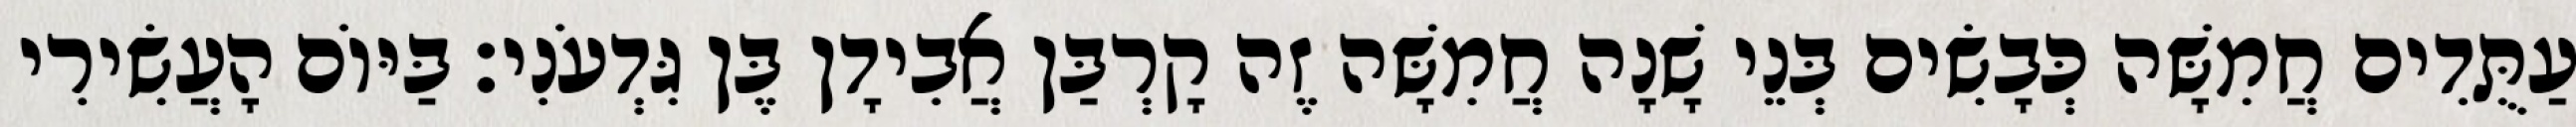
עַתֻּדִים חֲמִשָּׁה כְּבָשִׂים בְּנֵי שָׁנָה חֲמִשָּׁה זֶה קָרְבַּן אֲבִידָן בֶּן גִּדְעֹנִי׃ בַּיּוֹם הָעֲשִׂירִי